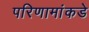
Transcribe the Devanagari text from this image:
परिणामांकडे